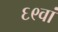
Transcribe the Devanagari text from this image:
६९वां